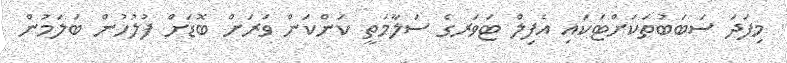
މިފަދަ ސަބަބުތަކަށްޓަކައި އެފިލް ޓަވަރގެ ސަލާމަތީ ކަންކަން ވަރަށް ބޮޑަށް ފުލުހުން ބަލަމުން